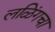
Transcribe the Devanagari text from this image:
लळिंगचा